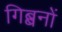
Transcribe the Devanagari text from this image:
गिब्बनों